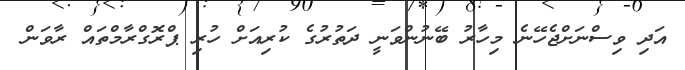
އަދި ވިސްނަށްޖެހޭނެ މިހާރު ބޭނުންވަނީ ދަތުރުގެ ކުރިއަށް ހުރި ޕްރޮގްރާމްތައް ރާވަން